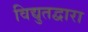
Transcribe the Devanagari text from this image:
विद्युतद्वारा